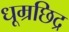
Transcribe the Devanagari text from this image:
धूम्रछिद्र